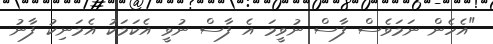
"އެހެން ނަމަވެސް ފާސް ނުވީމަ އެ ފާސް ނުވީ އެކަމަކު އެމަނިކު ފާނު